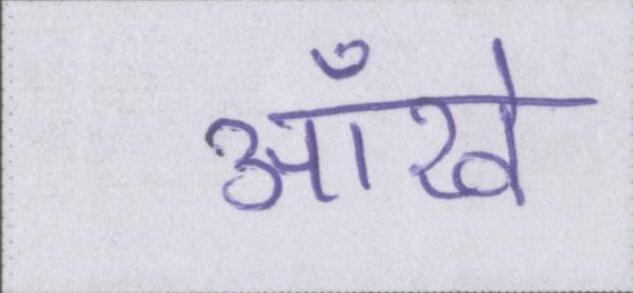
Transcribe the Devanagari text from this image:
आँखे